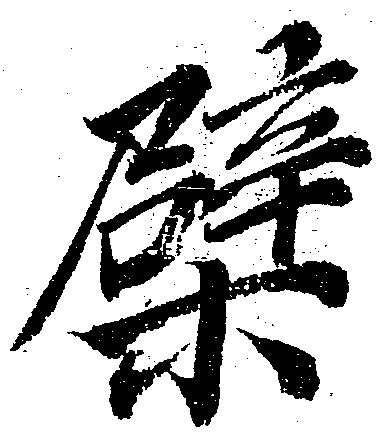
檗